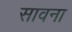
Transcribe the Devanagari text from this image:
सावना